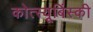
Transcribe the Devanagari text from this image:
कोत्स्यूबिंस्की